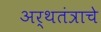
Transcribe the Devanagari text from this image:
अर्थतंत्राचे